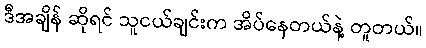
ဒီအချိန် ဆိုရင် သူငယ်ချင်းက အိပ်နေတယ်နဲ့ တူတယ်။